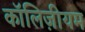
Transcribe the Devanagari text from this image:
कॉलिज़ीयम